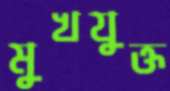
মুখযুক্ত